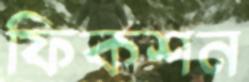
ফিকশন